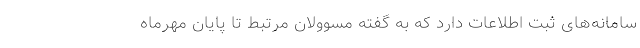
سامانه‌های ثبت اطلاعات دارد که به گفته مسوولان مرتبط تا پایان مهرماه